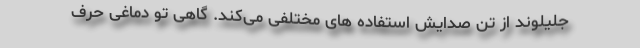
جلیلوند از تن صدایش استفاده های مختلفی می‌کند. گاهی تو دماغی حرف